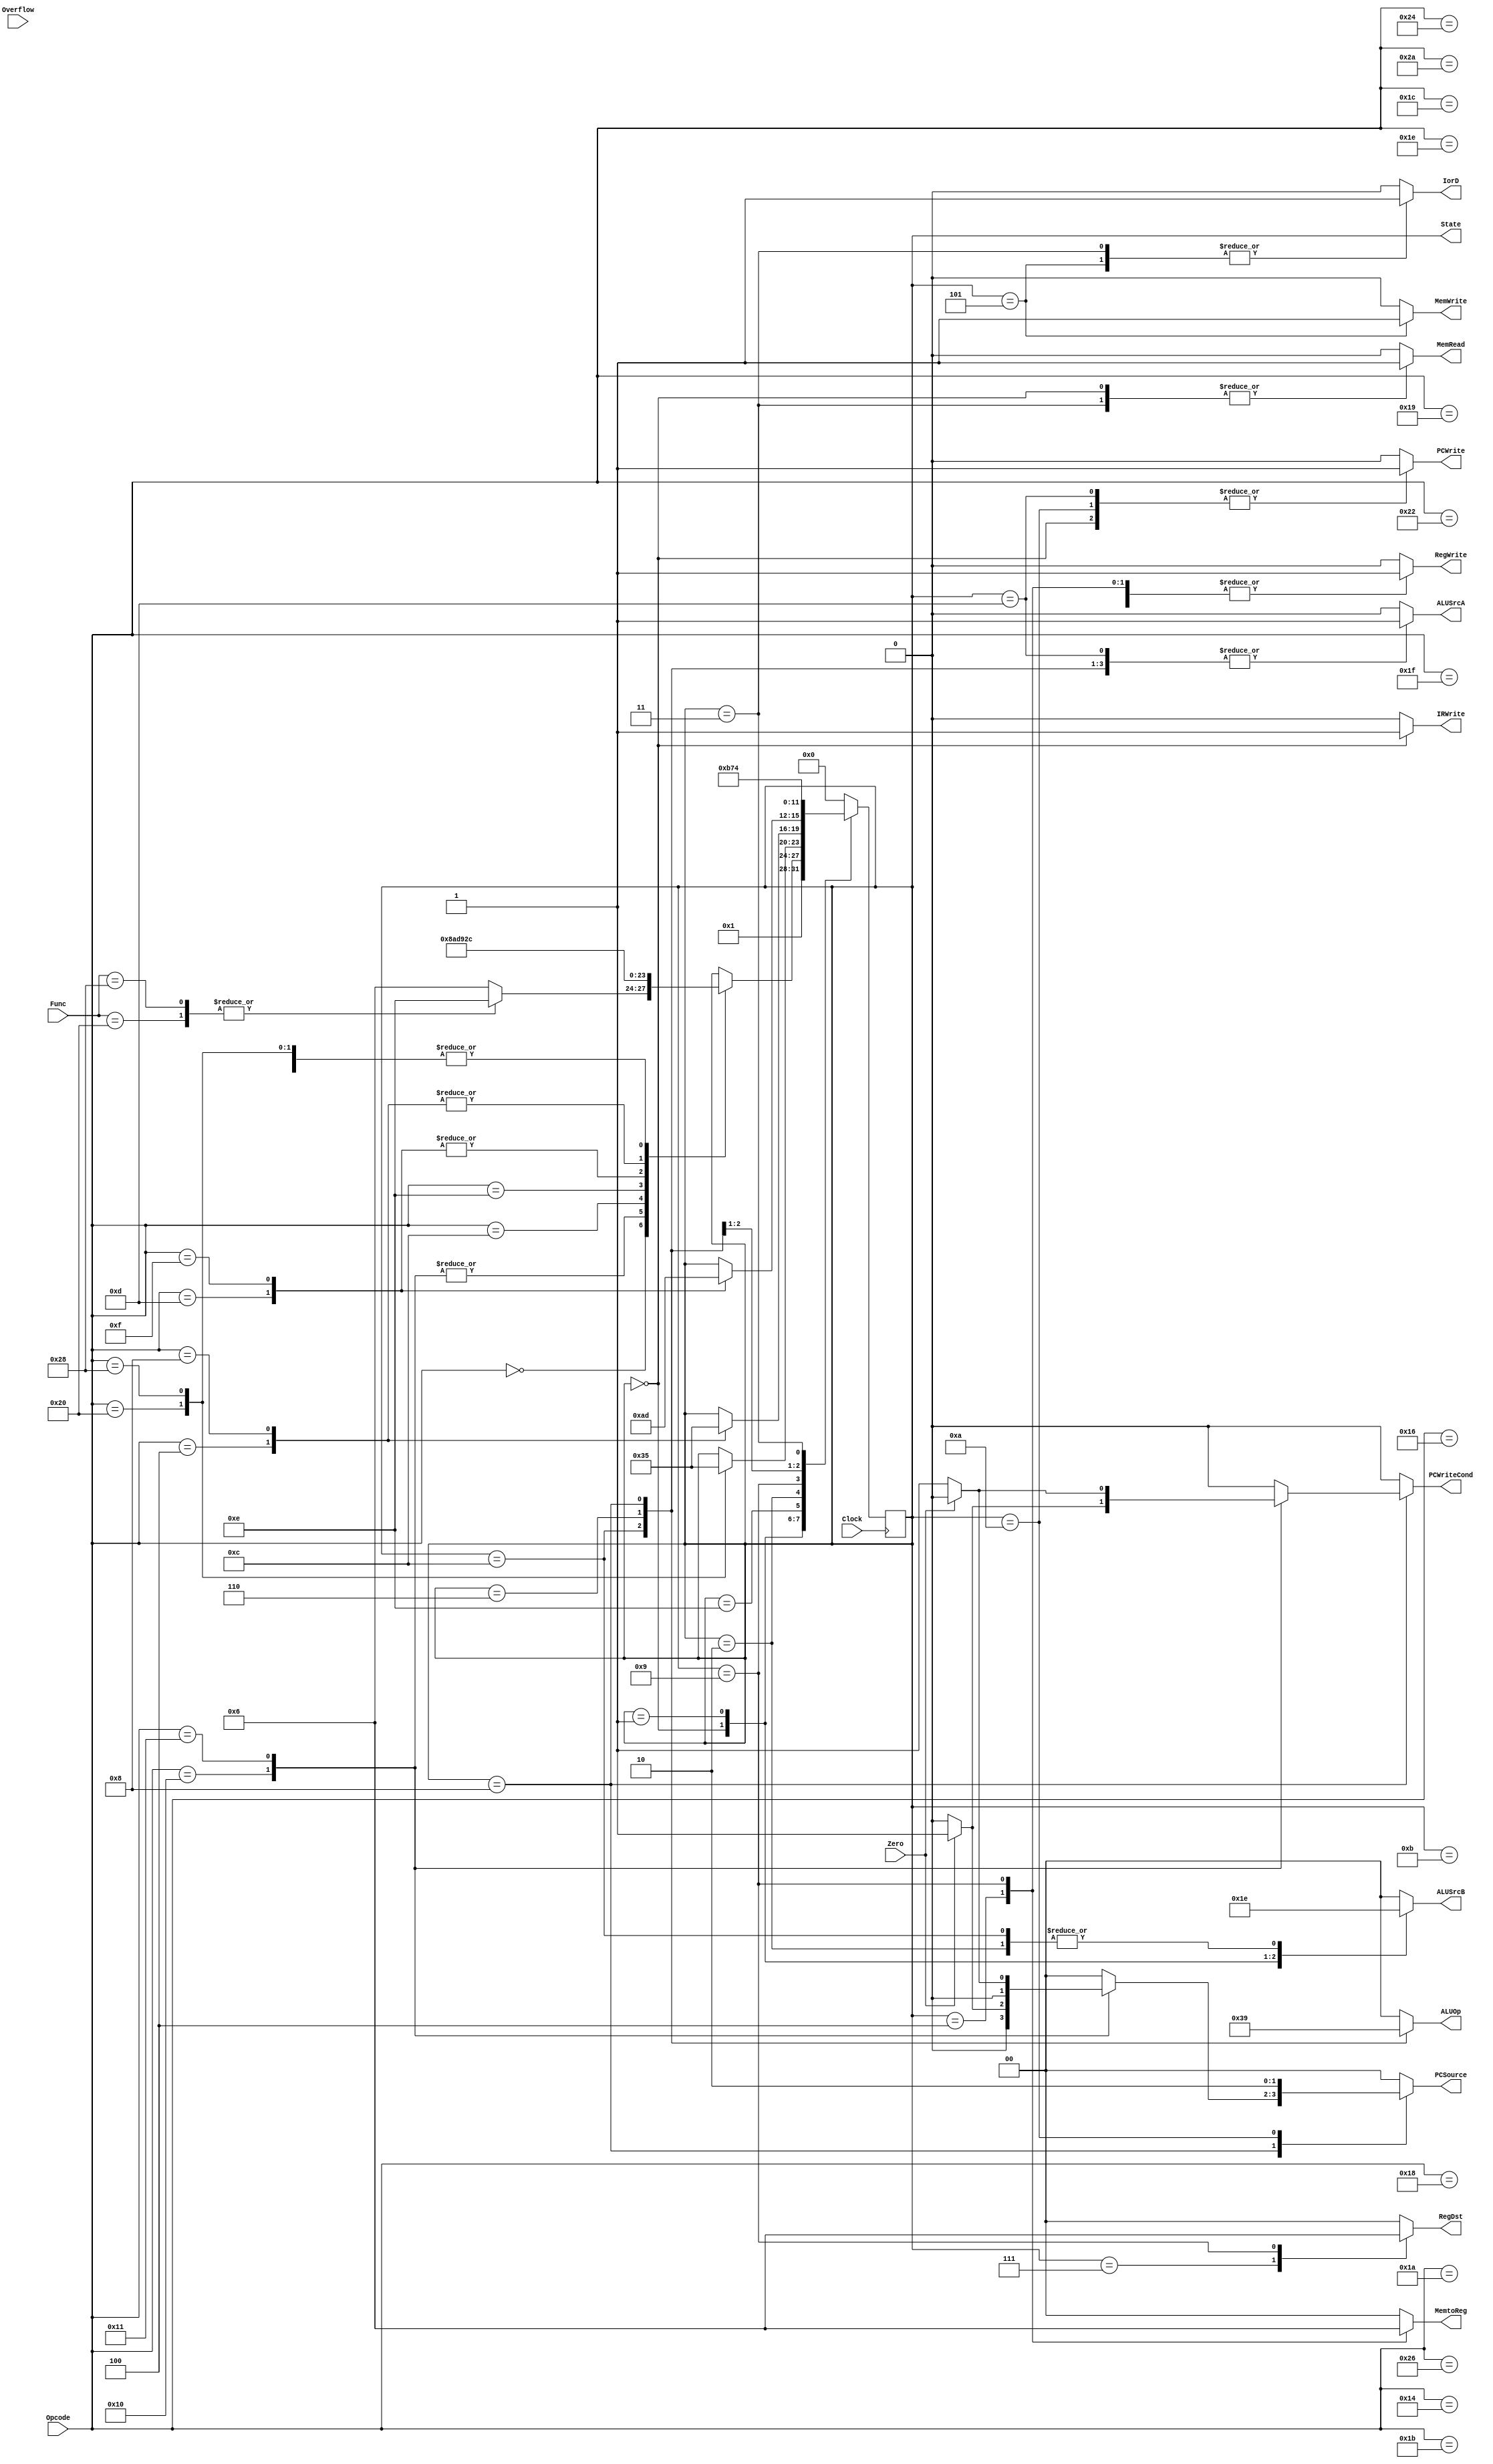
// Control Unit Multicycle
module Control(RegDst,RegWrite,ALUSrcA,MemRead,MemWrite,MemtoReg,IorD,IRWrite,
	       PCWrite,PCWriteCond,ALUOp,ALUSrcB,PCSource,Opcode,Func,Zero,
	       Overflow,Clock,State);

   //Port Declarations
   output reg RegWrite,ALUSrcA,MemRead,MemWrite,IorD,IRWrite,
	      PCWrite,PCWriteCond;
   output reg [1:0] PCSource,ALUOp,ALUSrcB,RegDst,MemtoReg;
   input [5:0] 	    Opcode,Func;
   input 	    Clock,Zero,Overflow;
   output reg [3:0] 	    State;

   // State Encoding
   parameter InstrFetch       = 4'b0000;
   parameter InstrDecode      = 4'b0001;
   parameter ComputeAddrI     = 4'b0010;
   parameter MemReadAccess    = 4'b0011;
   parameter WriteBack        = 4'b0100;
   parameter MemWriteAccess   = 4'b0101;
   parameter Execution        = 4'b0110;
   parameter RTypeCompletion  = 4'b0111;
   parameter BranchCompletion = 4'b1000;
   parameter JumpLink         = 4'b1001;
   parameter JumpCompletion   = 4'b1010;
   parameter ImmCompletion    = 4'b1011;
   parameter ComputeImm       = 4'b1100;
   parameter JumpRegister     = 4'b1101;
   parameter ComputeAddrR     = 4'b1110;
   

   //OpCode constants
   parameter RTYPE = 6'b000000;
   parameter ADDI  = 6'b010100;
   parameter SUBI  = 6'b010110;
   parameter ANDI  = 6'b011000;
   parameter ORI   = 6'b011001;
   parameter XORI  = 6'b011010;
   parameter SLLI  = 6'b011100;
   parameter SRLI  = 6'b011110;
   parameter SRAI  = 6'b011111;
   parameter LHI   = 6'b011011;
   parameter SEQI  = 6'b100000;
   parameter SNEI  = 6'b100010;
   parameter SLTI  = 6'b100100;
   parameter SLEI  = 6'b100110;
   parameter SGTI  = 6'b101000;
   parameter SGEI  = 6'b101010;
   parameter BEQ  = 6'b010000;
   parameter BNEQ  = 6'b010001;
   parameter J     = 6'b001100;
   parameter JAL   = 6'b001101;
   parameter JR    = 6'b001110;
   parameter JALR  = 6'b001111;
   parameter LWI   = 6'b000100;
   parameter SWI   = 6'b001000;

   //Function constants  (for non-ALU instructions)
   parameter LW = 6'b100000;
   parameter SW = 6'b101000;
   
   // Sequential Logic
   always @(posedge Clock)
     begin
	case(State)
	  InstrFetch  : State <= InstrDecode;
	  InstrDecode : begin
	     case (Opcode)
	       RTYPE : begin
		  case (Func)
		    LW : State <= ComputeAddrR;
		    SW : State <= ComputeAddrR;
		    default : State <= Execution;
		  endcase // case (Func)
	       end // case: RTYPE
	       BEQ : State <= BranchCompletion;
	       BNEQ : State <= BranchCompletion;
	       J : State <= JumpCompletion;
	       JAL : State <= JumpLink;
	       JR : State <= JumpRegister;
	       JALR : State <= JumpLink;
	       LWI : State <= ComputeAddrI;
	       SWI : State <= ComputeAddrI;
	       ADDI : State <= ComputeImm;
	       SUBI : State <= ComputeImm;
	       ANDI : State <= ComputeImm;
	       ORI : State <= ComputeImm;
	       XORI : State <= ComputeImm;
	       SLLI : State <= ComputeImm;
	       SRLI : State <= ComputeImm;
	       SRAI : State <= ComputeImm;
	       LHI : State <= ComputeImm;
	       SEQI : State <= ComputeImm;
	       SNEI : State <= ComputeImm;
	       SLTI : State <= ComputeImm;
	       SLEI : State <= ComputeImm;
	       SGTI : State <= ComputeImm;
	       SGEI : State <= ComputeImm;
	     endcase // case (Opcode)
	  end // case: InstrDecode
	  
	  ComputeAddrR : begin
	     case (Opcode)
	       LW : State <= MemReadAccess;
	       SW : State <= MemWriteAccess;
	     endcase // case (Opcode)
	  end

	  ComputeAddrI : begin
	     case (Opcode)
	       LWI : State <= MemReadAccess;
	       SWI : State <= MemWriteAccess;
	     endcase // case (Opcode)
	  end

	  JumpLink : begin
	     case (Opcode)
	       JAL : State <= JumpCompletion;
	       JALR : State <= JumpRegister;
	     endcase // case (Opcode)
	  end
	  
	  ComputeImm : State <= ImmCompletion;
	  Execution : State <= RTypeCompletion;
	  BranchCompletion : State <= InstrFetch;
	  JumpCompletion : State <= InstrFetch;
	  JumpRegister : State <= InstrFetch;
	  ImmCompletion : State <= InstrFetch;
	  RTypeCompletion : State <= InstrFetch;	  
	  MemReadAccess : State <= WriteBack;
	  MemWriteAccess : State <= InstrFetch;
	  WriteBack : State <= InstrFetch;
	  default : State <= InstrFetch;
	endcase // case (State)
     end // always @ (posedge Clock)

   //Combinational Logic
   always @(State)
     begin
	//we want everything to be zero if it is not explicitly set in 
	// each state
	RegDst = 1'b0;
	RegWrite = 1'b0;
	ALUSrcA = 1'b0;
	MemRead = 1'b0;
	MemWrite = 1'b0;
	MemtoReg = 1'b0;
	IorD = 1'b0;
	IRWrite = 1'b0;
	PCWrite = 1'b0;
	PCWriteCond = 1'b0;
	ALUOp = 2'b00;
	ALUSrcB = 2'b00;
	PCSource = 2'b00;

	case (State)
	  InstrFetch : begin
	     //Read Instruction into Instruction Register
	     IorD = 1'b0;              //select PC
	     MemRead = 1'b1;           //read memory
	     IRWrite = 1'b1;           //write IR
	     //Increment PC, PC+4->PC
	     ALUSrcA = 1'b0;           //select PC into ALU
	     ALUSrcB = 2'b01;          //select constant 4
	     ALUOp = 2'b00;            //ALU adds
	     PCSource = 2'b00;         //select ALU output
	     PCWrite = 1'b1;           //write PC
	  end // case: InstrFetch

	  InstrDecode : begin
	     //Control unit decodes instruction
	     //Datapath prepares for execution
	     //R and I types,reg1->Areg,reg2->Breg -- No control signals needed
	     //Branch type,compute branch address in ALUOut
	     ALUSrcA = 1'b0;           //select PC into ALU
	     ALUSrcB = 2'b11;          //Instr. bits 0-15 shift 2 into ALU
	     ALUOp = 2'b00;            //ALU adds
	  end

	  ComputeAddrI : begin
	     //I type,lw or sw: compute memory address in 
	     // ALUOut<-Areg+sign extend IR[0-15]
	     ALUSrcA = 1'b1;           //A reg into ALU
	     ALUSrcB = 2'b10;          //Instr. Bits 0-15 into ALU
	     ALUOp = 2'b00;            //ALU adds
	  end

	  ComputeAddrR : begin
	     //Compute memory address for R type load save
	     ALUSrcA = 1'b1;           //A reg into ALU
	     ALUSrcB = 2'b00;          //B reg into ALU
	     ALUOp   = 2'b00;          //ALU adds
	  end

	  ComputeImm : begin
	     ALUSrcA = 1'b1;
	     ALUSrcB = 2'b10;
	     ALUOp   = 2'b11;
	  end

	  MemReadAccess : begin
	     IorD = 1'b1;              //select ALUOut into memory address
	     MemRead = 1'b1;           //read memory to MDR
	  end

	  MemWriteAccess : begin
	     IorD = 1'b1;              //select ALUOut into memory address
	     MemWrite = 1'b1;          //write memory
	  end

	  WriteBack : begin
	     RegDst = 2'b00;            //instr. bits 16-20 are write reg
	     MemtoReg = 2'b01;          //MDR to reg file write input
	     RegWrite = 1'b1;          //read memory to MDR
	  end

	  ImmCompletion : begin
	     RegWrite = 1'b1;
	     RegDst = 2'b00;
	     MemtoReg = 2'b00;
	  end

	  Execution : begin
	     ALUSrcA <= 1'b1;           //A reg into ALU
	     ALUSrcB <= 2'b00;          //B reg into ALU
	     ALUOp <= 2'b10;            //instr. bits 0-5 control ALU
	  end

	  RTypeCompletion : begin
	     RegWrite <= 1'b1;          //write register
	     RegDst <= 2'b01;            //Instr. bits 11-15 specify reg.
	     MemtoReg <= 2'b00;          //ALUOut into reg.
	  end

	  BranchCompletion : begin
	     ALUSrcA <= 1'b1;            //A reg into ALU  
	     ALUSrcB <= 2'b00;           //B reg into ALU
	     ALUOp <= 2'b01;             //ALU subtracts
	     case (Opcode)
	       BEQ : begin
		  if (Zero == 1'b1) PCSource <= 2'b01; //ALUOut to PC
		  if (Zero == 1'b1) PCWriteCond = 1'b1; //write PC
	       end
	       BNEQ: begin
		  if (Zero == 1'b0) PCSource <= 2'b01; //ALUOut to PC
		  if (Zero == 1'b0) PCWriteCond = 1'b1; //write PC
	       end
	     endcase // case (Opcode)
	  end // case: BranchCompletion

	  JumpLink : begin
	     RegDst <= 2'b10;
	     MemtoReg <= 2'b10;
	     RegWrite <= 1'b1;
	  end
	  
	         
          JumpCompletion: begin
             PCWrite = 1;
             PCSource = 2'b10;
          end

	  JumpRegister : begin
	     ALUSrcA <= 1'b1;           //A reg into ALU
	     ALUSrcB <= 2'b00;          //B reg into ALU
	     ALUOp <= 2'b00;            //ALU adds
	     PCSource <= 2'b00;         //ALU OUT to PC
	     PCWrite = 1'b1;            //write PC
	  end
	 
        endcase // case (State)
     end // always @ (State)
endmodule // Control